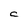
Character: C